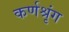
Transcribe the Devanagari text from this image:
कर्णश्रृंग